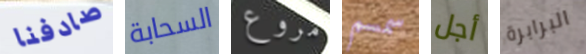
صادفنا السحابة مروع سمسم أجل البرابرة